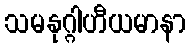
သမနုဂ္ဂါဟီယမာနာ